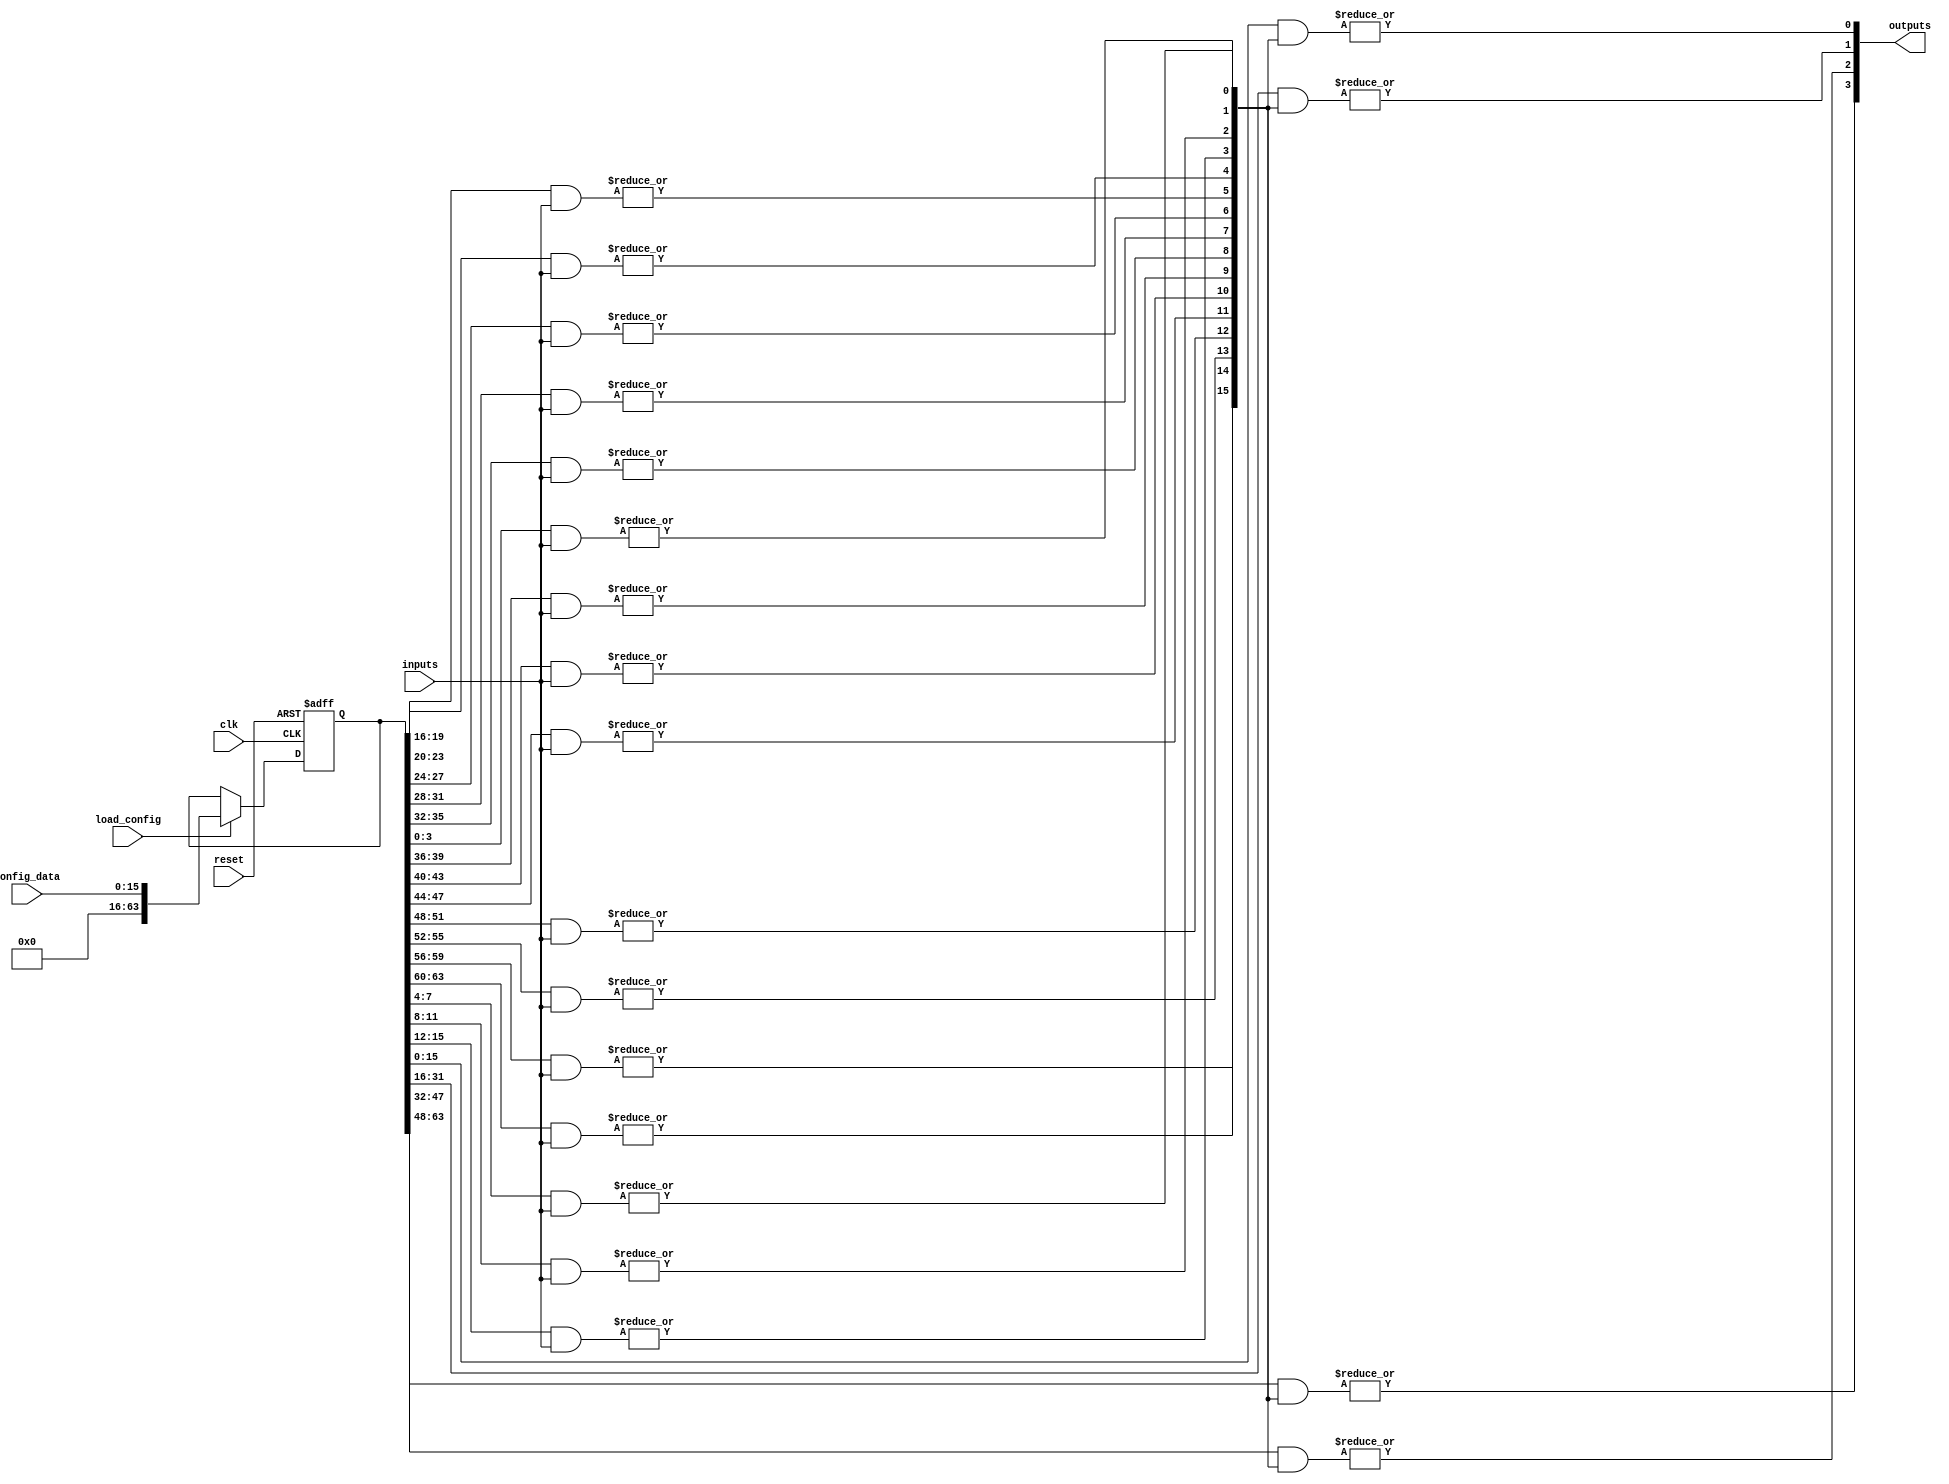
module SPAL (
    input wire clk,
    input wire reset,
    input wire [N-1:0] inputs,             // User-defined input width
    input wire [M-1:0] config_data,        // Configuration data for programming
    input wire load_config,                 // Signal to load configuration
    output wire [P-1:0] outputs            // User-defined output width
);

// Parameter definitions for widths
parameter N = 4;                           // Number of inputs
parameter M = 16;                          // Number of config bits (AND/OR array)
parameter P = 4;                           // Number of outputs

// Internal signals
wire [N-1:0] buffered_inputs;
wire [M-1:0] and_outputs;
wire [P-1:0] or_outputs;
reg [N*M-1:0] config_memory;               // Configuration memory for AND and OR arrays

// Input Buffer
genvar i;
generate
    for (i = 0; i < N; i = i + 1) begin : input_buffer
        assign buffered_inputs[i] = inputs[i]; // Simple buffer
    end
endgenerate

// Programmable AND Array
genvar j;
generate
    for (j = 0; j < M; j = j + 1) begin : and_array
        assign and_outputs[j] = ( |(config_memory[j*N +: N] & buffered_inputs)); // AND configuration
    end
endgenerate

// Programmable OR Array
genvar k;
generate
    for (k = 0; k < P; k = k + 1) begin : or_array
        assign or_outputs[k] = ( |(config_memory[k*M +: M] & and_outputs));  // OR configuration
    end
endgenerate

// Configuration Memory Write Logic
always @(posedge clk or posedge reset) begin
    if (reset) begin
        config_memory <= 'b0;             // Clear configuration memory
    end else if (load_config) begin
        config_memory <= config_data;     // Load new configuration
    end
end

// Output Buffer
genvar l;
generate
    for (l = 0; l < P; l = l + 1) begin : output_buffer
        assign outputs[l] = or_outputs[l]; // Simple buffer for output
    end
endgenerate

endmodule